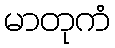
မာတုကံ